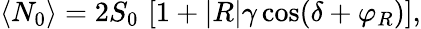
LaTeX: \langle N_{0}\rangle=2S_{0}\, \left[1+|R|\gamma\cos(\delta+\varphi_{R})\right],